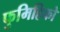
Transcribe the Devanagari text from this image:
फुमिहिको